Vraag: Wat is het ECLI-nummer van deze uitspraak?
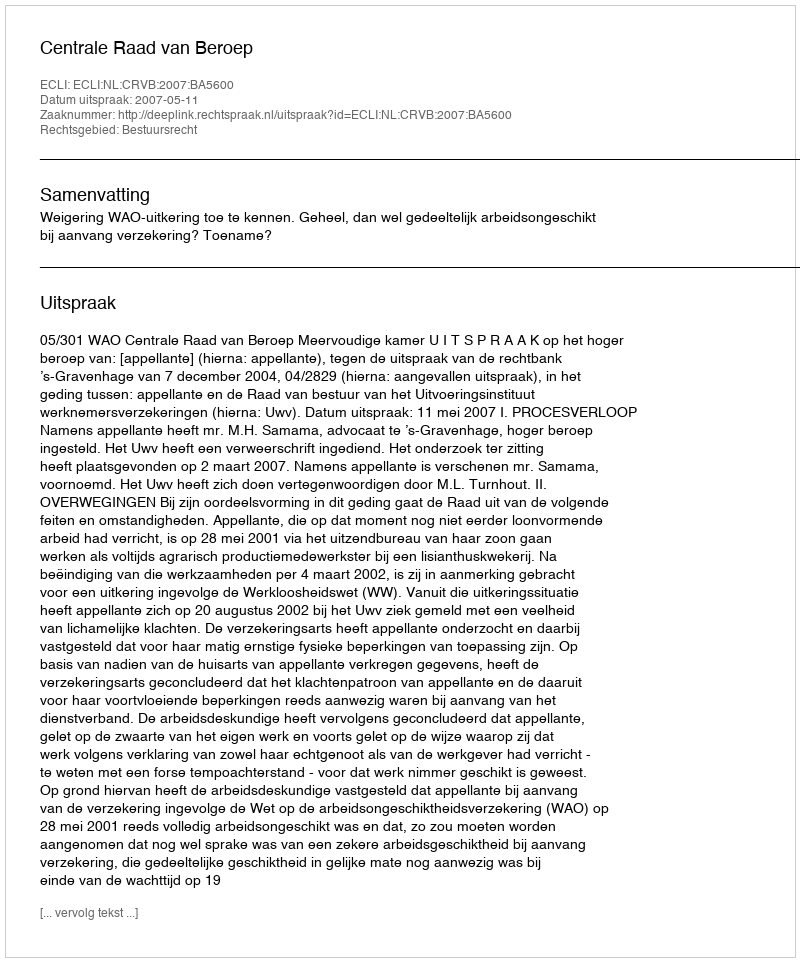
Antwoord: ECLI:NL:CRVB:2007:BA5600